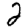
Digit: 2